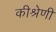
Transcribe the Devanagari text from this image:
कीश्रेणी